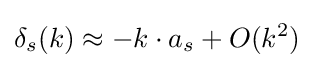
\delta _{s}(k)\approx -k\cdot a_{s}+O(k^{2})